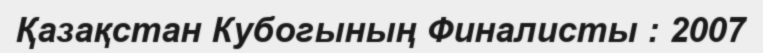
Қазақстан Кубогының Финалисты : 2007